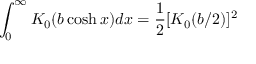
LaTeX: \int _ { 0 } ^ { \infty } K _ { 0 } ( b \cosh x ) d x = \frac { 1 } { 2 } [ K _ { 0 } ( b / 2 ) ] ^ { 2 }